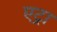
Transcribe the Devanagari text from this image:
एट्रा